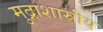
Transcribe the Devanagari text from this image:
मुद्राशास्रीय